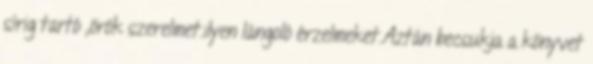
sírig tartó ,örök szerelmet.ilyen lángoló érzelmeket.Aztán becsukja a könyvet